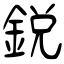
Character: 銳